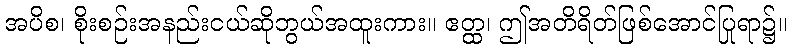
အပိစ၊ စိုးစဉ်းအနည်းငယ်ဆိုဘွယ်အထူးကား။ ဧတ္ထ၊ ဤအတိရိတ်ဖြစ်အောင်ပြုရာ၌။